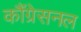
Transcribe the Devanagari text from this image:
कौंग्रेसनल